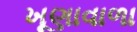
ખૂણાવાળા